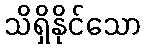
သိရှိနိုင်သော